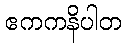
ဧကကနိပါတ